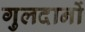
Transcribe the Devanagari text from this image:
गुलदानों